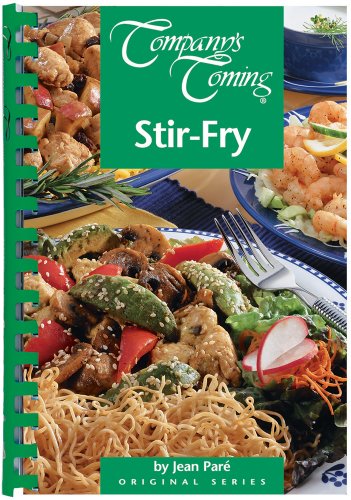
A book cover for Company's Coming: Stir-Fry; Jean Pare; Cookbooks, Food & Wine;